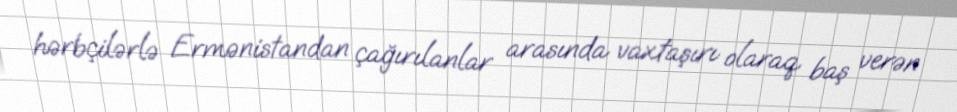
hərbçilərlə Ermənistandan çağırılanlar arasında vaxtaşırı olaraq baş verən